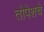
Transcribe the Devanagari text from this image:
तोपेशचे